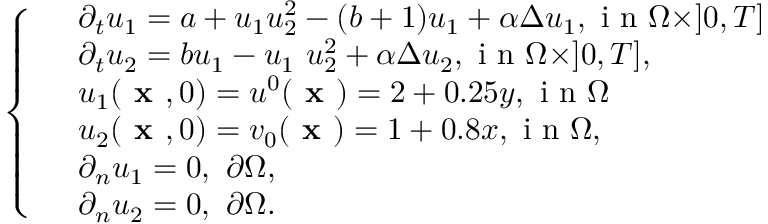
\left\{ \begin{array} { l l } & { \partial _ { t } u _ { 1 } = a + u _ { 1 } u _ { 2 } ^ { 2 } - ( b + 1 ) u _ { 1 } + \alpha \Delta u _ { 1 } , \textrm { i n } \Omega \times ] 0 , T ] } \\ & { \partial _ { t } u _ { 2 } = b u _ { 1 } - u _ { 1 } \ u _ { 2 } ^ { 2 } + \alpha \Delta u _ { 2 } , \textrm { i n } \Omega \times ] 0 , T ] , } \\ & { u _ { 1 } ( \textbf { x } , 0 ) = u ^ { 0 } ( \textbf { x } ) = 2 + 0 . 2 5 y , \textrm { i n } \Omega } \\ & { u _ { 2 } ( \textbf { x } , 0 ) = v _ { 0 } ( \textbf { x } ) = 1 + 0 . 8 x , \textrm { i n } \Omega , } \\ & { \partial _ { n } u _ { 1 } = 0 , \ \partial \Omega , } \\ & { \partial _ { n } u _ { 2 } = 0 , \ \partial \Omega . } \end{array} \right.